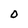
Character: O